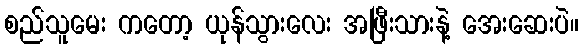
စည်သူမေး ကတော့ ယုန်သွားလေး အဖြီးသားနဲ့ အေးဆေးပဲ။